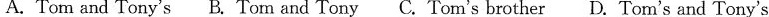
A.Tom and Tony'sB.Tom and Tony C. Tom's brother D.Tom's and Tony's